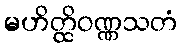
မဟိတ္ထိဝဏ္ဏသတံ